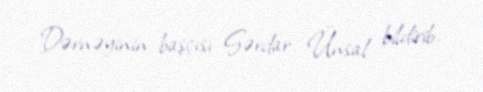
Dərnəyinin başçısı Sərdar Ünsal bildirib.